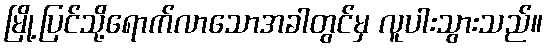
မြို့ပြင်သို့ရောက်လာသောအခါတွင်မှ လူပါးသွားသည်။